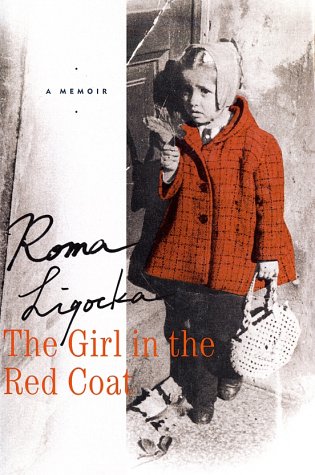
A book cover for The Girl in the Red Coat: A Memoir; Roma Ligocka; Biographies & Memoirs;